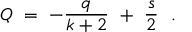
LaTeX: Q \ = \ - \frac { q } { k + 2 } \ + \ \frac { s } { 2 } \ \ .